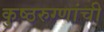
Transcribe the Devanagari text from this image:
कुष्ठरुग्णांची